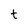
Character: t